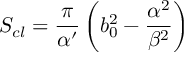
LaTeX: S _ { c l } = \frac { \pi } { \alpha ^ { \prime } } \left( b _ { 0 } ^ { 2 } - \frac { \alpha ^ { 2 } } { \beta ^ { 2 } } \right)